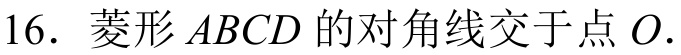
16. 菱形\(ABCD\)的对角线交于点\(O\).